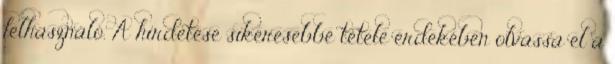
felhasználó. A hirdetése sikeresebbé tétele érdekében olvassa el a